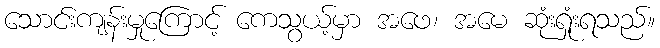
သောင်းကျန်းမှုကြောင့် ကေသွယ့်မှာ အဖေ၊ အမေ ဆုံးရှုံးရသည်။